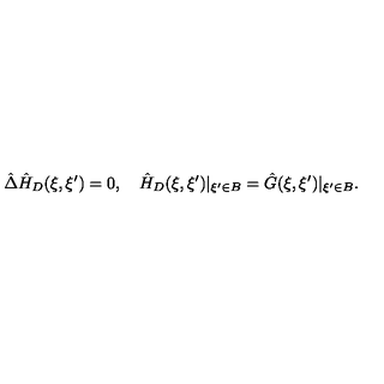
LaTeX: \hat { \Delta } { \hat { H } _ { D } } ( \xi , \xi ^ { \prime } ) = 0 , \quad { \hat { H } _ { D } } ( \xi , \xi ^ { \prime } ) { | _ { \xi ^ { \prime } \in B } } = \hat { G } ( \xi , \xi ^ { \prime } ) { | _ { \xi ^ { \prime } \in B } } .